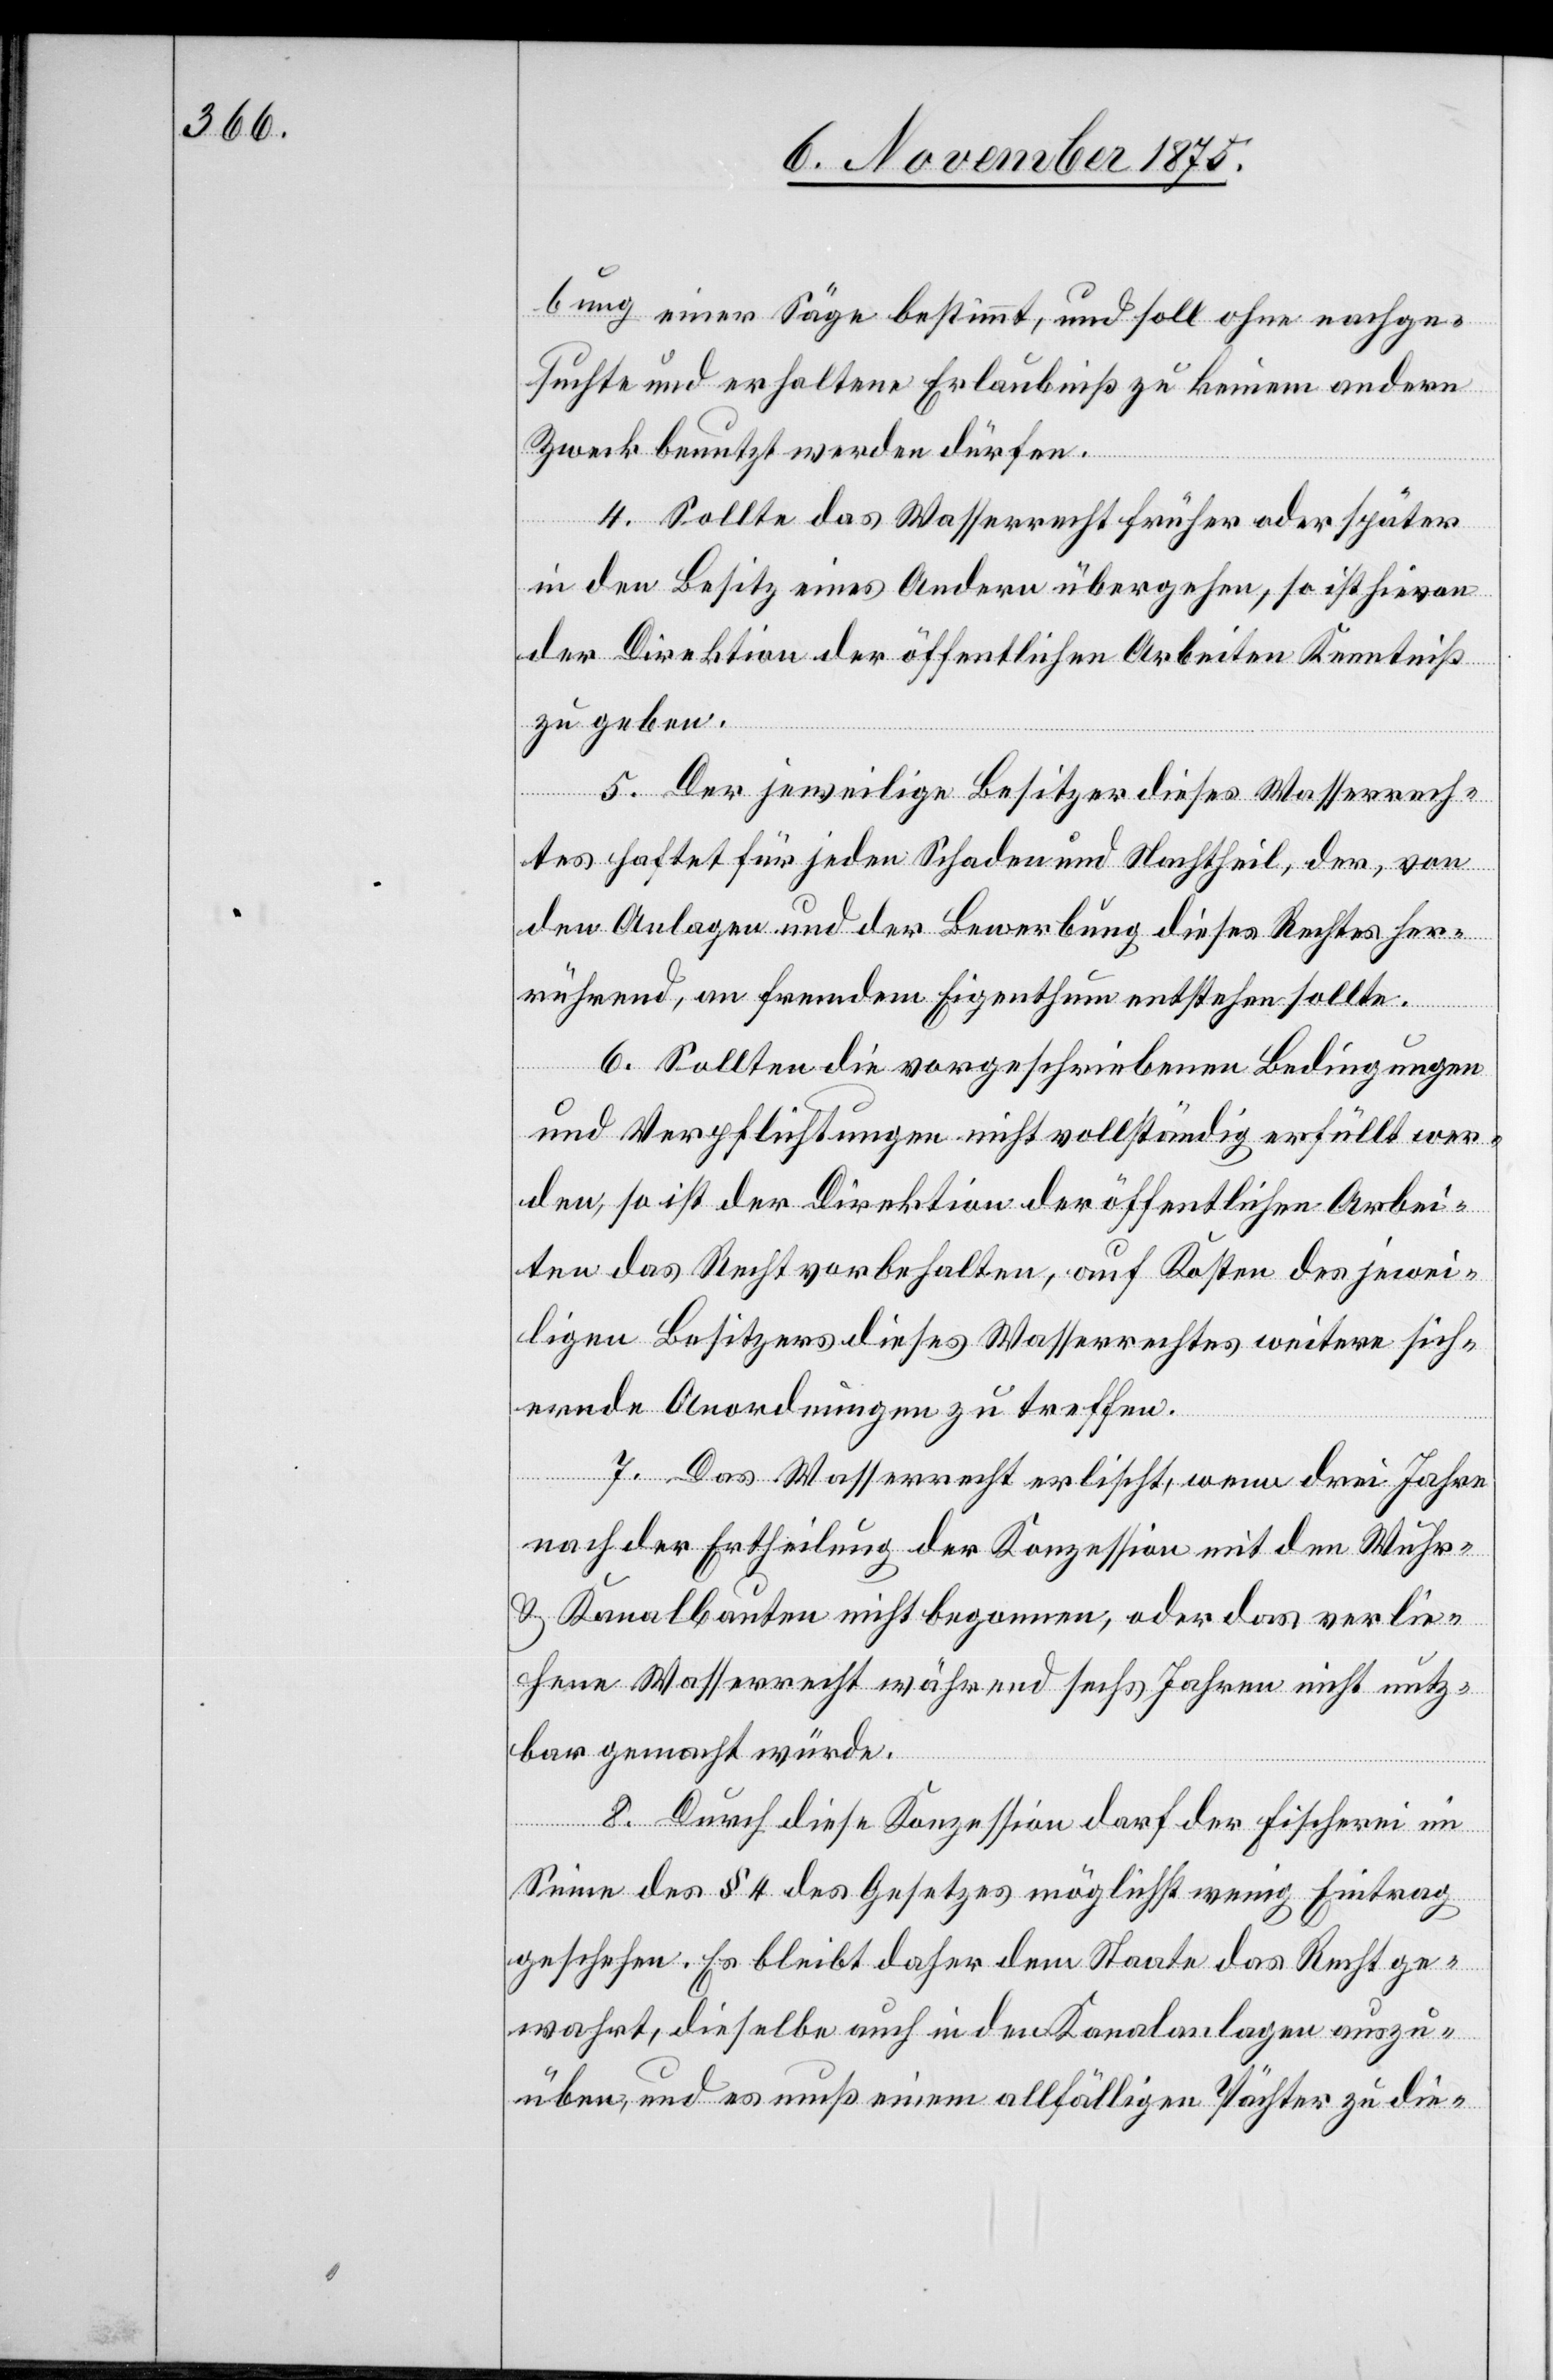
bung einer Säge bestimmt, und soll ohne nachge¬
suchte und erhaltene Erlaubniß zu keinem andern
Zweck benutzt werden dürfen.
4. Sollte das Wasserrecht früher oder später
in den Besitz eines Andern übergehen, so ist hievon
der Direktion der öffentlichen Arbeiten Kenntniß
zu geben.
5. Der jeweilige Besitzer dieses Wasserrech¬
tes haftet für jeden Schaden und Nachtheil, der, von
den Analgen und der Bewerbung dieses Rechtes her¬
rührend, an fremdem Eigenthum entstehen sollte.
6. Sollten die vorgeschriebenen Bedingungen
und Verpflichtungen nicht vollständig erfüllt wer¬
den, so ist der Direktion der öffentlichen Arbei¬
ten das Recht vorbehalten, auf Kosten des jewei¬
ligen Besitzers dieses Wasserrechtes weitere sich¬
ernde Anordnungen zu treffen.
7. Das Wasserrecht erlischt, wenn drei Jahre
nach der Ertheilung der Konzession mit den Wuhr-
& Kanalbauten nicht begonnen, oder das verlie¬
hene Wasserrecht während sechs Jahren nicht nutz¬
bar gemacht würde.
8. Durch diese Konzession darf der Fischerei im
Sinne des § 4 des Gesetzes möglichst wenig Eintrag
geschehen. Es bleibt daher dem Staate das Recht ge¬
wahrt, dieselbe auch in den Kanalanlagen auszu¬
üben, und es muß einem allfälligen Pächter zu die-